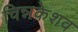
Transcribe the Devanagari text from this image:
चिन्नकेशव